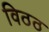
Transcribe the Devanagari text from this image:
विठठ